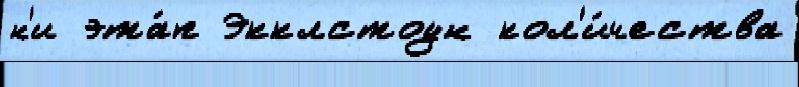
н'и эта́п Экклстоун кол'и́чества